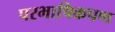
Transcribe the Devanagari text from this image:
परभाषिकपण